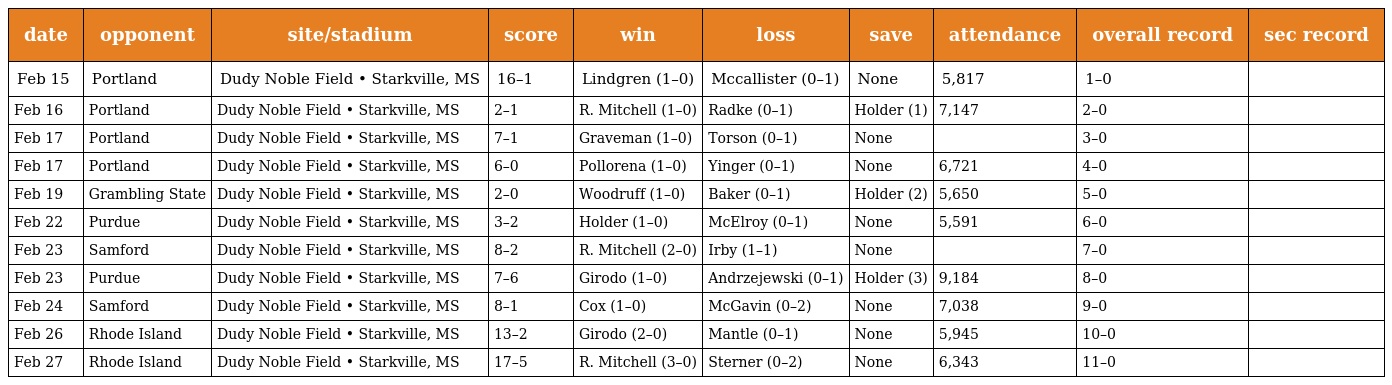
| date | opponent | site/stadium | score | win | loss | save | attendance | overall record | sec record |
 | --- | --- | --- | --- | --- | --- | --- | --- | --- | --- |
 | Feb 15 | Portland | Dudy Noble Field • Starkville, MS | 16–1 | Lindgren (1–0) | Mccallister (0–1) | None | 5,817 | 1–0 |  |
 | Feb 16 | Portland | Dudy Noble Field • Starkville, MS | 2–1 | R. Mitchell (1–0) | Radke (0–1) | Holder (1) | 7,147 | 2–0 |  |
 | Feb 17 | Portland | Dudy Noble Field • Starkville, MS | 7–1 | Graveman (1–0) | Torson (0–1) | None |  | 3–0 |  |
 | Feb 17 | Portland | Dudy Noble Field • Starkville, MS | 6–0 | Pollorena (1–0) | Yinger (0–1) | None | 6,721 | 4–0 |  |
 | Feb 19 | Grambling State | Dudy Noble Field • Starkville, MS | 2–0 | Woodruff (1–0) | Baker (0–1) | Holder (2) | 5,650 | 5–0 |  |
 | Feb 22 | Purdue | Dudy Noble Field • Starkville, MS | 3–2 | Holder (1–0) | McElroy (0–1) | None | 5,591 | 6–0 |  |
 | Feb 23 | Samford | Dudy Noble Field • Starkville, MS | 8–2 | R. Mitchell (2–0) | Irby (1–1) | None |  | 7–0 |  |
 | Feb 23 | Purdue | Dudy Noble Field • Starkville, MS | 7–6 | Girodo (1–0) | Andrzejewski (0–1) | Holder (3) | 9,184 | 8–0 |  |
 | Feb 24 | Samford | Dudy Noble Field • Starkville, MS | 8–1 | Cox (1–0) | McGavin (0–2) | None | 7,038 | 9–0 |  |
 | Feb 26 | Rhode Island | Dudy Noble Field • Starkville, MS | 13–2 | Girodo (2–0) | Mantle (0–1) | None | 5,945 | 10–0 |  |
 | Feb 27 | Rhode Island | Dudy Noble Field • Starkville, MS | 17–5 | R. Mitchell (3–0) | Sterner (0–2) | None | 6,343 | 11–0 |  |